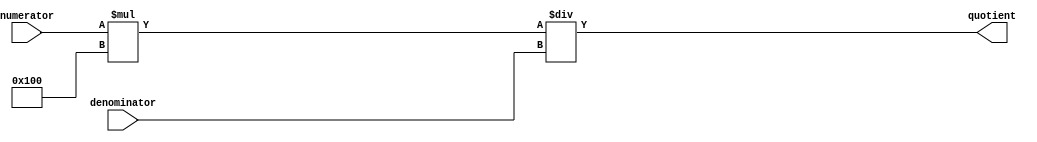
module fixed_point_divider(
    input signed [7:0] numerator,
    input signed [7:0] denominator,
    output reg signed [15:0] quotient
);

reg signed [15:0] product;
reg signed [15:0] temp_quotient;

always @(*)
begin
    product = numerator * 256; // Left shift numerator by 8 bits
    temp_quotient = product / denominator;
    quotient = temp_quotient;
end

endmodule